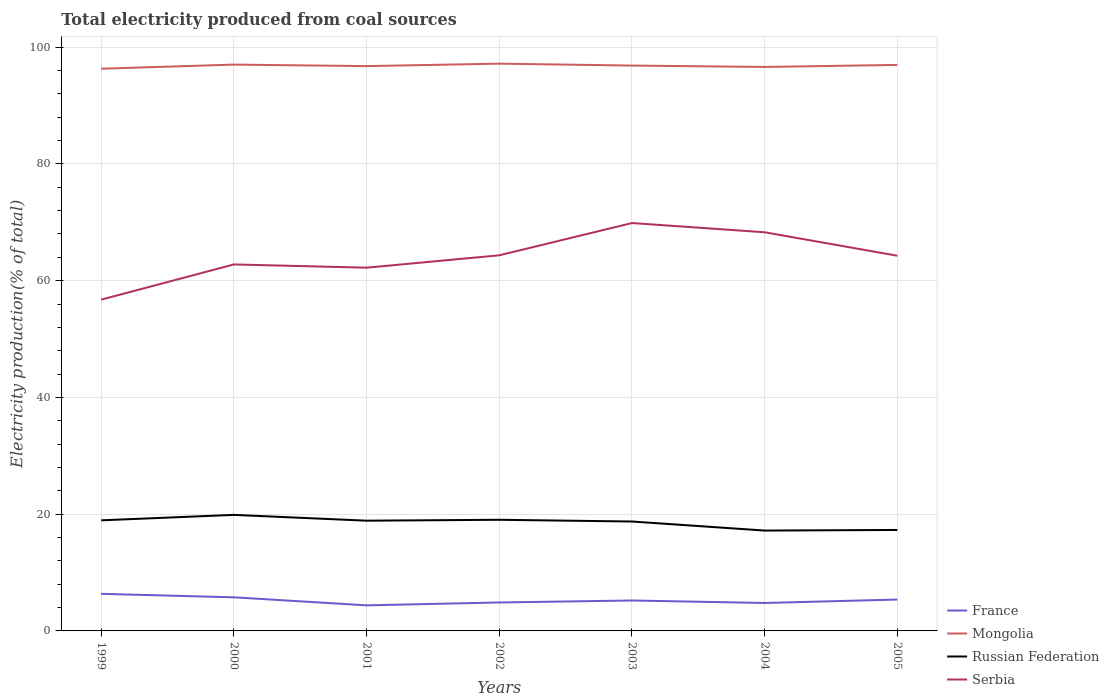
| Years | France | Mongolia | Russian Federation | Serbia |
 | --- | --- | --- | --- | --- |
 | 1999 | 6.35 | 96.3 | 18.9 | 56.7 |
 | 2000 | 5.76 | 97 | 19.9 | 62.8 |
 | 2001 | 4.38 | 96.8 | 18.9 | 62.2 |
 | 2002 | 4.87 | 97.2 | 19 | 64.3 |
 | 2003 | 5.21 | 96.8 | 18.7 | 69.9 |
 | 2004 | 4.79 | 96.6 | 17.2 | 68.3 |
 | 2005 | 5.37 | 97 | 17.3 | 64.3 |